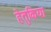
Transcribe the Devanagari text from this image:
हेतुकिया